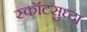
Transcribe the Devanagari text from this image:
स्कॉटसुध्दा